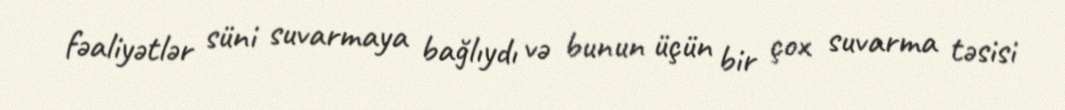
fəaliyətlər süni suvarmaya bağlıydı və bunun üçün bir çox suvarma təsisi